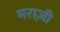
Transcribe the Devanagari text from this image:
मराज़ी